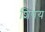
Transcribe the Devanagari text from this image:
शिषय